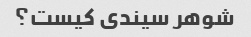
شوهر سیندی کیست؟